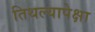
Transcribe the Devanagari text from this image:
तिथल्यापेक्षा